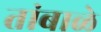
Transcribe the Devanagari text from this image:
तांबाळे